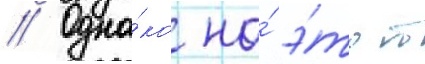
// Одна́ко на́ э́тот